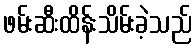
ဖမ်းဆီးထိန်းသိမ်းခဲ့သည်